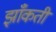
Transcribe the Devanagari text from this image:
झाँकती